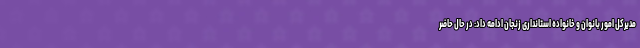
مدیرکل امور بانوان و خانواده استانداری زنجان ادامه داد: در حال حاضر